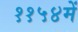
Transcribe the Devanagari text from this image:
११५४में